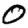
Digit: 0